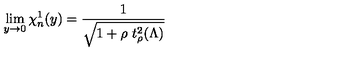
\lim _ { y \to 0 } \chi _ { n } ^ { 1 } ( y ) = \frac { 1 } { \sqrt { 1 + \rho \ t _ { \rho } ^ { 2 } ( \Lambda ) } }